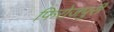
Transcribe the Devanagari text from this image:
फिरोजपुरी